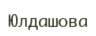
Юлдашова